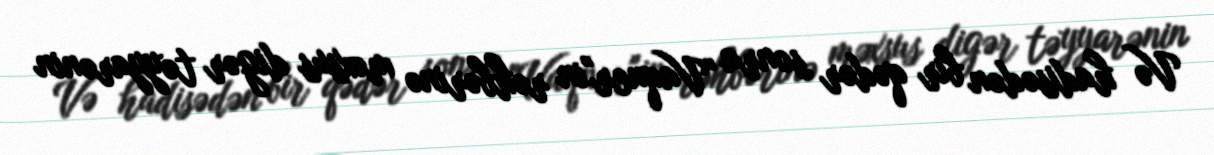
Və hadisədən bir qədər sonra "Vaqner"in rəhbərinə məxsus digər təyyarənin